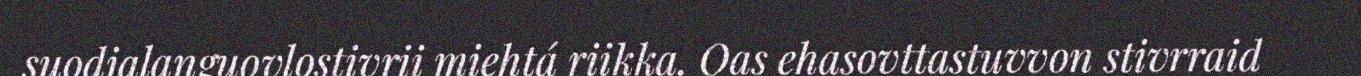
suodjalanguovlostivrii miehtá riikka. Oas ehasovttastuvvon stivrraid